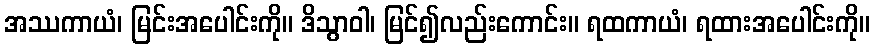
အဿကာယံ၊ မြင်းအပေါင်းကို။ ဒိသွာဝါ၊ မြင်၍လည်းကောင်း။ ရထကာယံ၊ ရထားအပေါင်းကို။